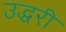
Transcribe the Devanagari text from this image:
उद्धरी